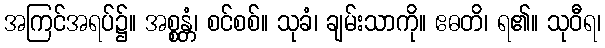
အကြင်အရပ်၌။ အစ္စန္တံ၊ စင်စစ်။ သုခံ၊ ချမ်းသာကို။ ဧဓတိ၊ ရ၏။ သုဝီရ၊